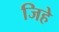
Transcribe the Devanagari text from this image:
जिहे